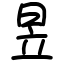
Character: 昱